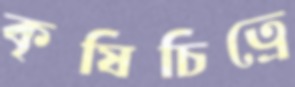
কৃষিচিত্রে